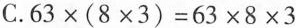
C.$$6 3 \times ( 8 × 3 ) = 6 3 \times 8 \times 3$$